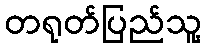
တရုတ်ပြည်သူ့